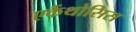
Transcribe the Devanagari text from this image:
एकैंथोसिस